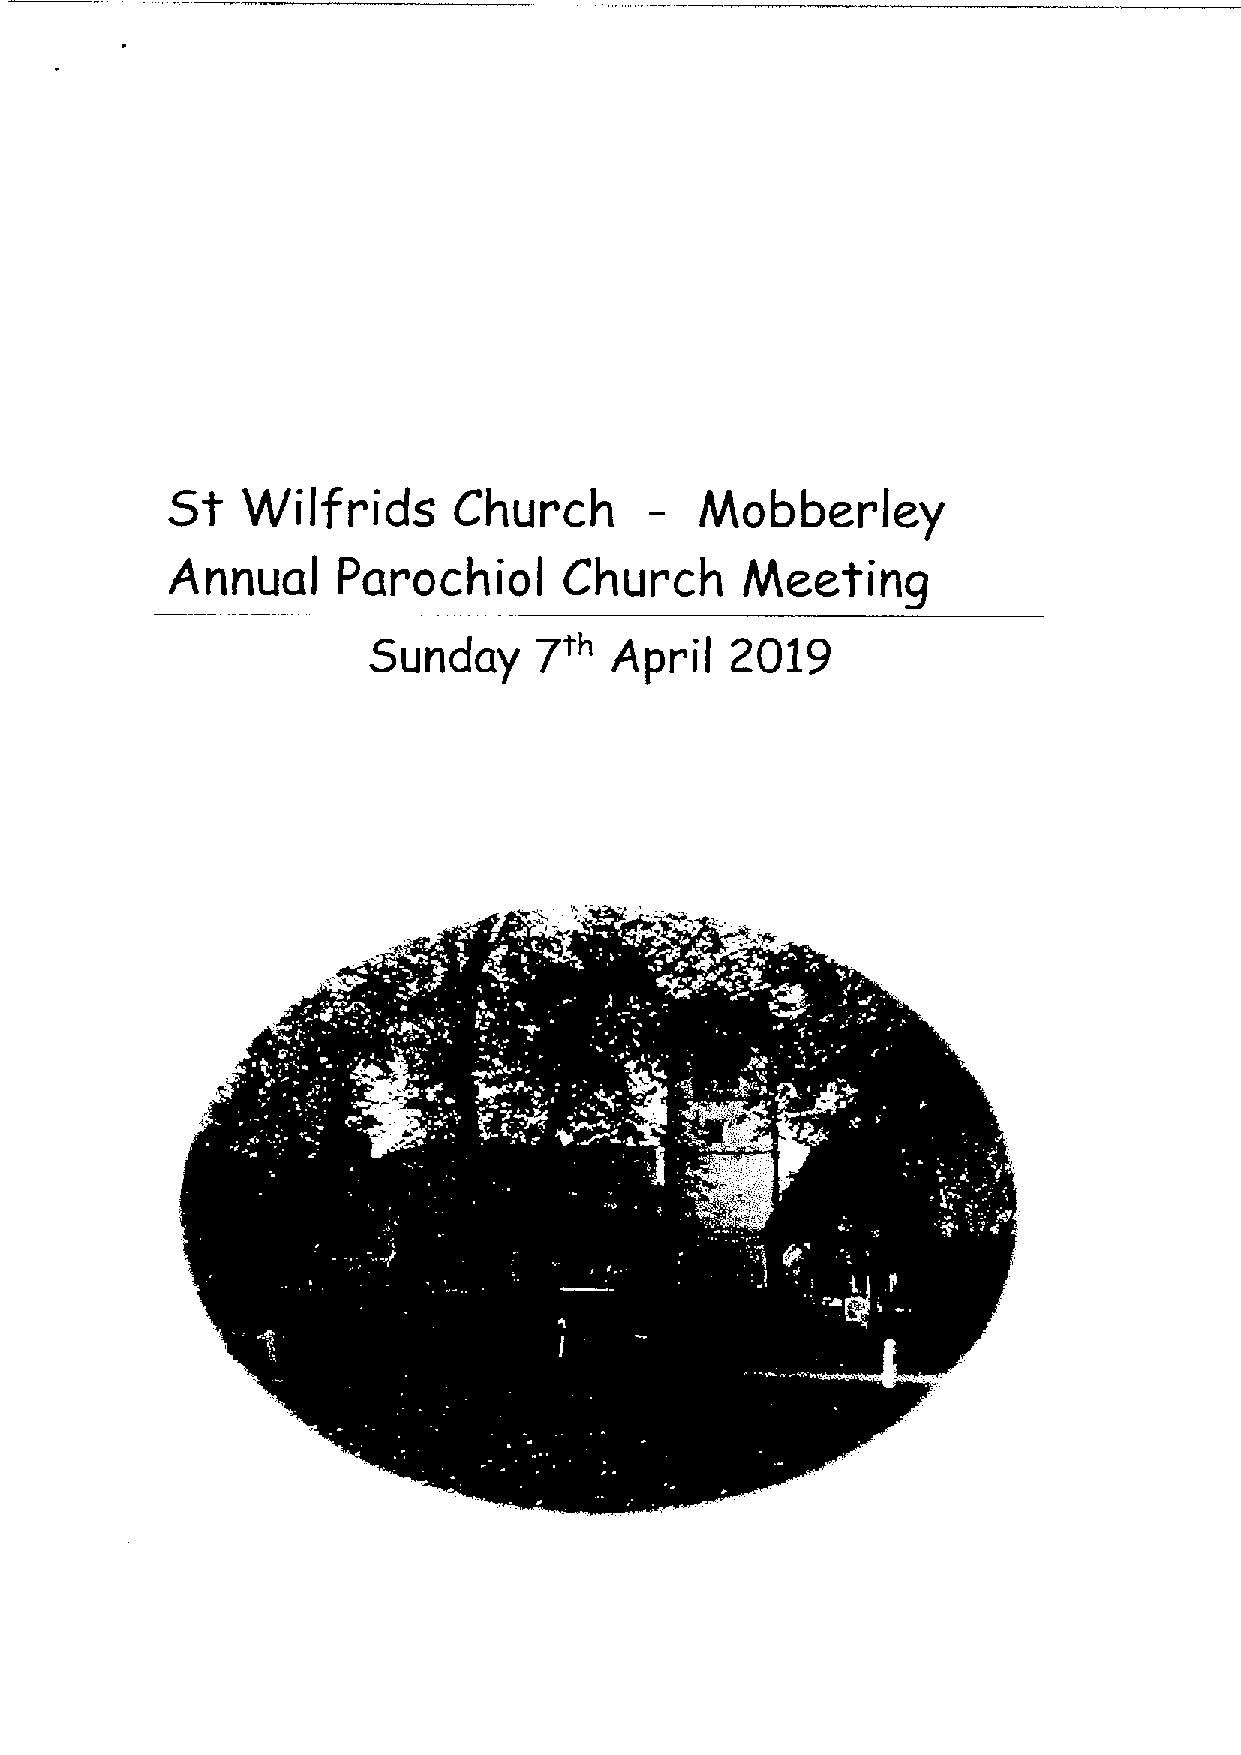
St
 Wilfrids      Church       —  Mobber      ley
 Annual     Parochiol      Church      Meeting
 7'"
 2019
 Sunday          Apr   il